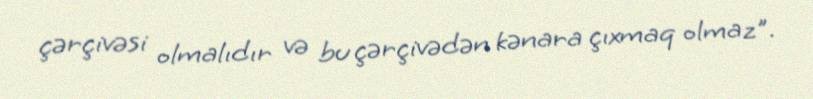
çərçivəsi olmalıdır və bu çərçivədən kənara çıxmaq olmaz".